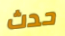
حدث